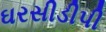
ઘરસીડીપી